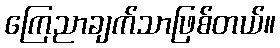
ကြေညာချက်သာဖြစ်တယ်။